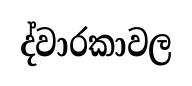
ද්වාරකාවල